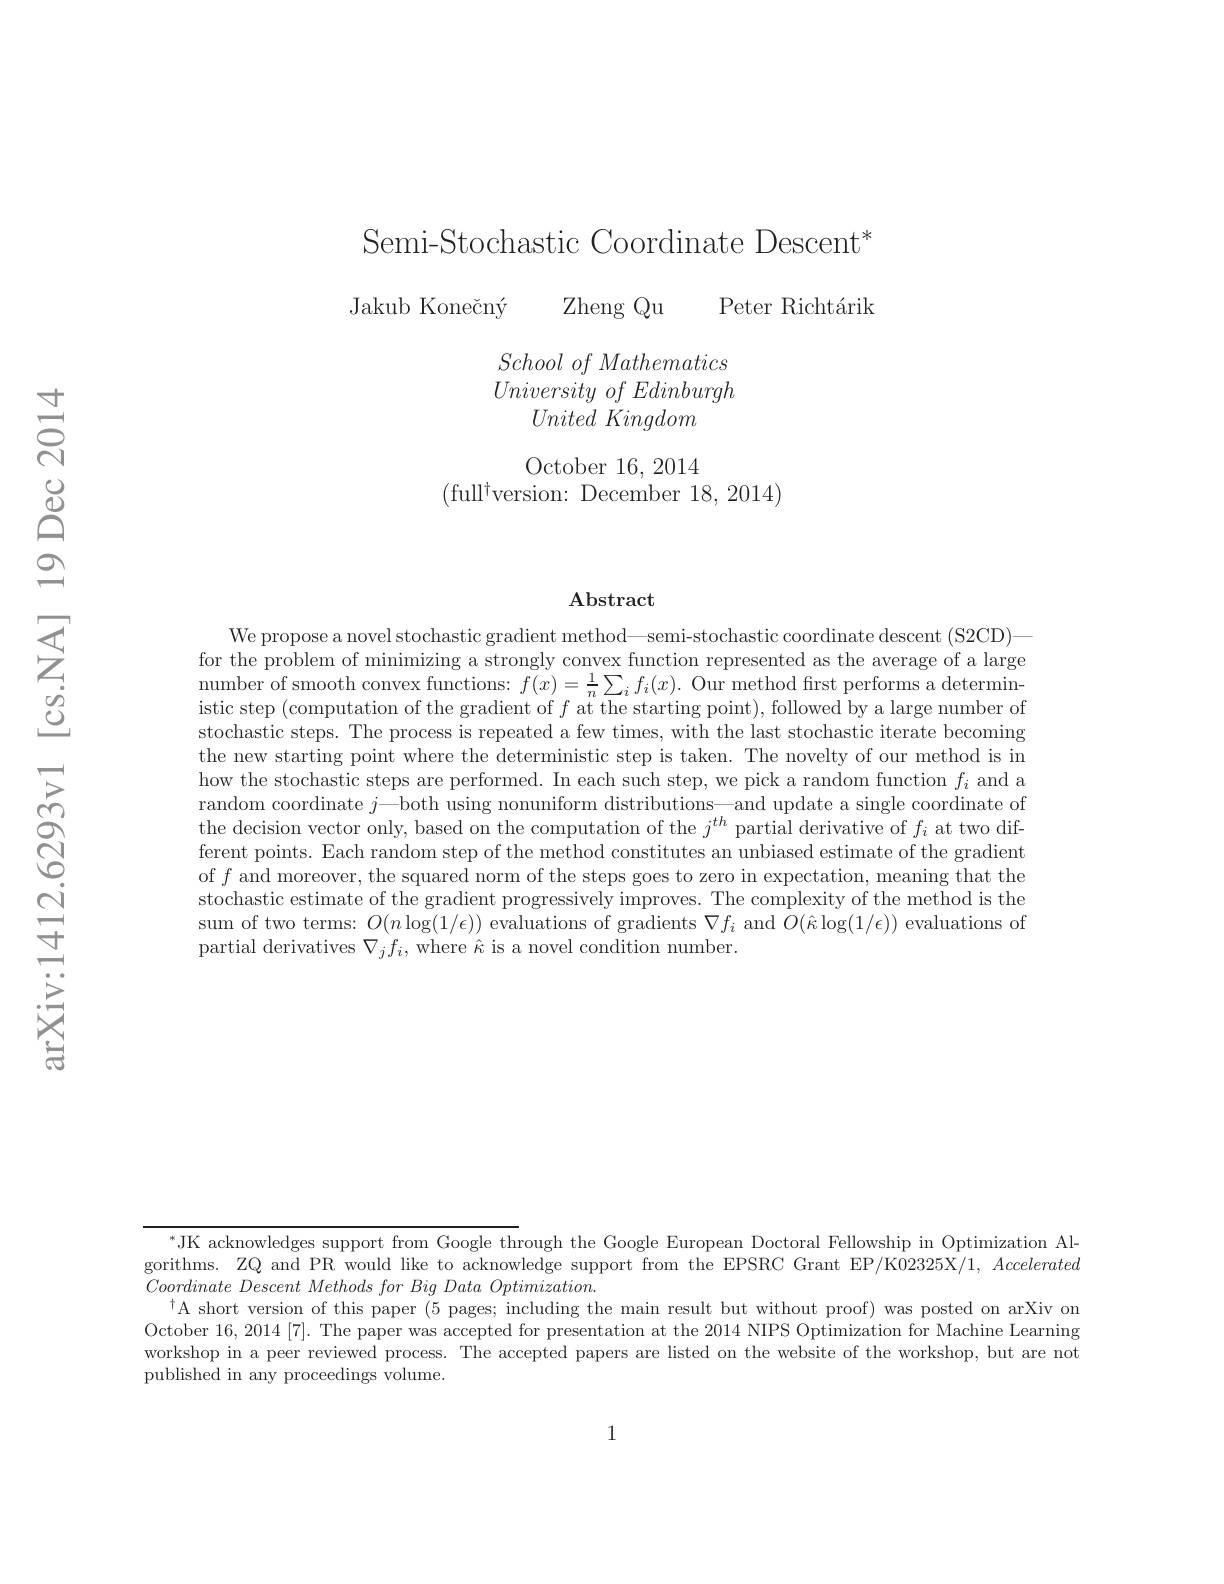
Semi-Stochastic Coordinate Descent* Jakub Konečný Zheng Qu Peter Richtárik

$School\textit{ of Mathematics}$ $University\textit{ of Edinburgh}$
$United\textit{ Kingdom}$ October 16, 2014
(full$^\dagger$version: December 18,2014)

### $\operatorname{Abstract}$

We propose a novel stochastic gradient method— semi-stochastic coordinate descent (S2CD)— for the problem of minimizing a strongly convex function represented as the average of a large number of smooth convex functions: $f( x) = \frac 1n\sum _{i}f_{i}( x) .$ Our method first performs a determin- number of smooth convex functions: $f( x) = \frac 1n\sum _{i}f_{i}( x) . \text{ Our method first performs a d\'{e} termin- }$ $= \frac 1n\sum _{i}f_{i}( x) .$ Our method first istic step (computation of the gradient of $f$ at the starting point), followed by a large number of stochastic steps. The process is repeated a few times, with the last stochastic iterate becoming the new starting point where the deterministic step is taken. The novelty of our method is in how the stochastic steps are performed. In each such step, we pick a random function $f_i$ and a random coordinate $j—$both using nonuniform distributions—and update a single coordinate of the decision vector only, based on the computation of the $j^{th}$ partial derivative of $f_i$ at two different points. Each random step of the method constitutes an unbiased estimate of the gradient of $f$ and moreover, the squared norm of the steps goes to zero in expectation, meaning that the stochastic estimate of the gradient progressively improves. The complexity of the method is the sum of two terms: $O(n\log(1/\epsilon))$ evaluations of gradients $\nabla f_i$ and $O(\hat{\kappa}\log(1/\epsilon))$ evaluations of partial derivatives $\nabla_jf_i$, where $\hat{\kappa}$ is a novel condition number.

$^{*}$JK acknowledges support from Google through the Google European Doctoral Fellowship in Optimization Algorithms. ZQ and PR would like to acknowledge support from the EPSRC Grant EP/K02325X/1, Accelerated $\textit{Coordinate Descent Methods for Big Data Optimization. }$
$^{\dagger}$A short version of this paper (5 pages; including the main result but without proof) was posted on arXiv on October 16,2014[7]. The paper was accepted for presentation at the 2014 NIPS Optimization for Machine Learning workshop in a peer reviewed process. The accepted papers are listed on the website of the workshop, but are not $\hat{\text{published in any proceedings volume.}}$